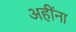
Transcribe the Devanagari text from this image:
अहींना